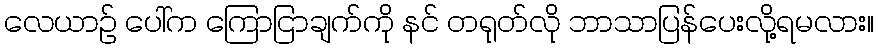
လေယာဉ် ပေါ်က ကြောငြာချက်ကို နင် တရုတ်လို ဘာသာပြန်ပေးလို့ရမလား။